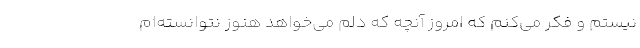
نیستم و فکر می‌کنم که امروز آنچه که دلم می‌خواهد هنوز نتوانسته‌ام